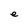
Character: e